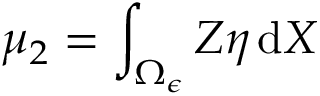
\mu _ { 2 } = \int _ { \Omega _ { \epsilon } } Z \eta \, \mathrm { d } X